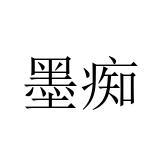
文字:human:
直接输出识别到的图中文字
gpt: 墨痴